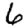
Digit: 6